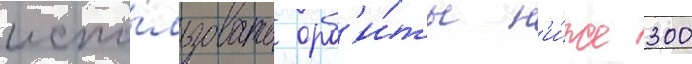
испо́льзовать орб'и́ты н'и́же 300